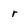
Character: r